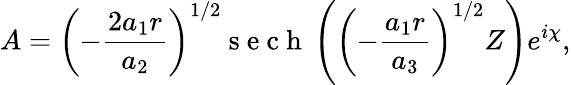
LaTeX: A=\left(-\frac{2a_{1}r}{a_{2}}\right)^{1/2}\mathrm{~s~e~c~h~}\left(\left(-\frac{a_{1}r}{a_{3}}\right)^{1/2}Z\right)e^{i\chi},